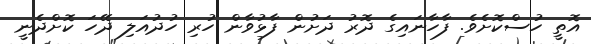
އޮތީ ހުސްކޮށެވެ. ފާހާނައިގެ ދޮރު ދަށުން ފާޅުވާން ހުރި ހުދުއަލި ދޭހަ ކޮށްދެނީ